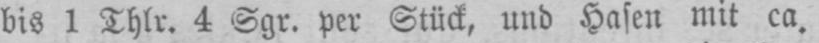
bis 1 Thlr. 4 Sgr. per Stück, und Hasen mit ca.